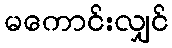
မကောင်းလျှင်